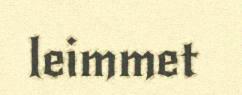
leimmet